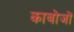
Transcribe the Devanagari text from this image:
काबोजों